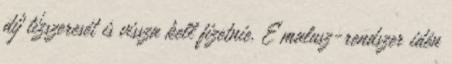
díj tízszeresét is vissza kell fizetnie. E malusz-rendszer idén